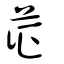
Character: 𦲵